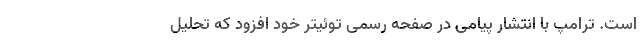
است. ترامپ با انتشار پیامی در صفحه رسمی توئیتر خود افزود که تحلیل